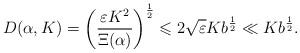
LaTeX: \begin{align*} D(\alpha,K)=\left(\frac{\varepsilon K^2}{\Xi(\alpha)}\right)^\frac{1}{2}\leqslant 2\sqrt{\varepsilon}K b^\frac{1}{2} \ll Kb^{\frac{1}{2}}. \end{align*}